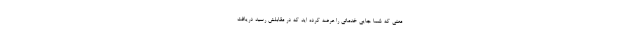
معنی که شما جایی خدماتی را عرضه کرده اید که در مقابلش رسید دریافت